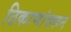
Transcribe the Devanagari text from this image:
ठिकाणांवरून